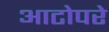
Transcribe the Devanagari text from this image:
आटोपरे